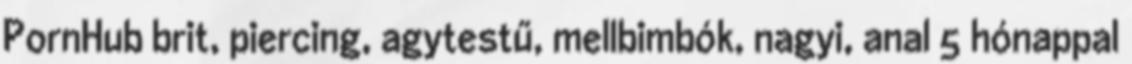
PornHub brit, piercing, agytestű, mellbimbók, nagyi, anal 5 hónappal